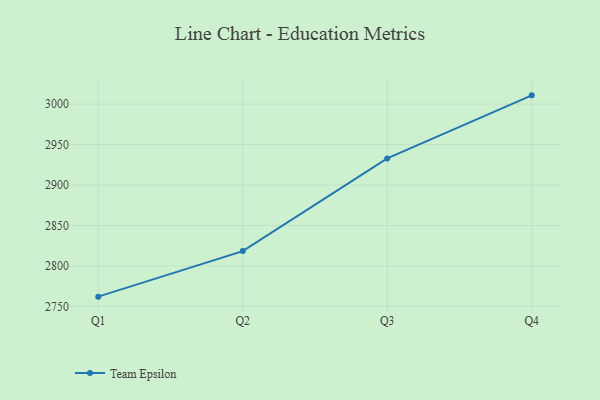
{"axis": {"x": "Quarter", "y": "Tickets Resolved"}, "legend": ["Team Epsilon"], "data": [{"x": "Q1", "y": 2762.0, "type": "Team Epsilon"}, {"x": "Q2", "y": 2818.3, "type": "Team Epsilon"}, {"x": "Q3", "y": 2932.9, "type": "Team Epsilon"}, {"x": "Q4", "y": 3010.8, "type": "Team Epsilon"}]}